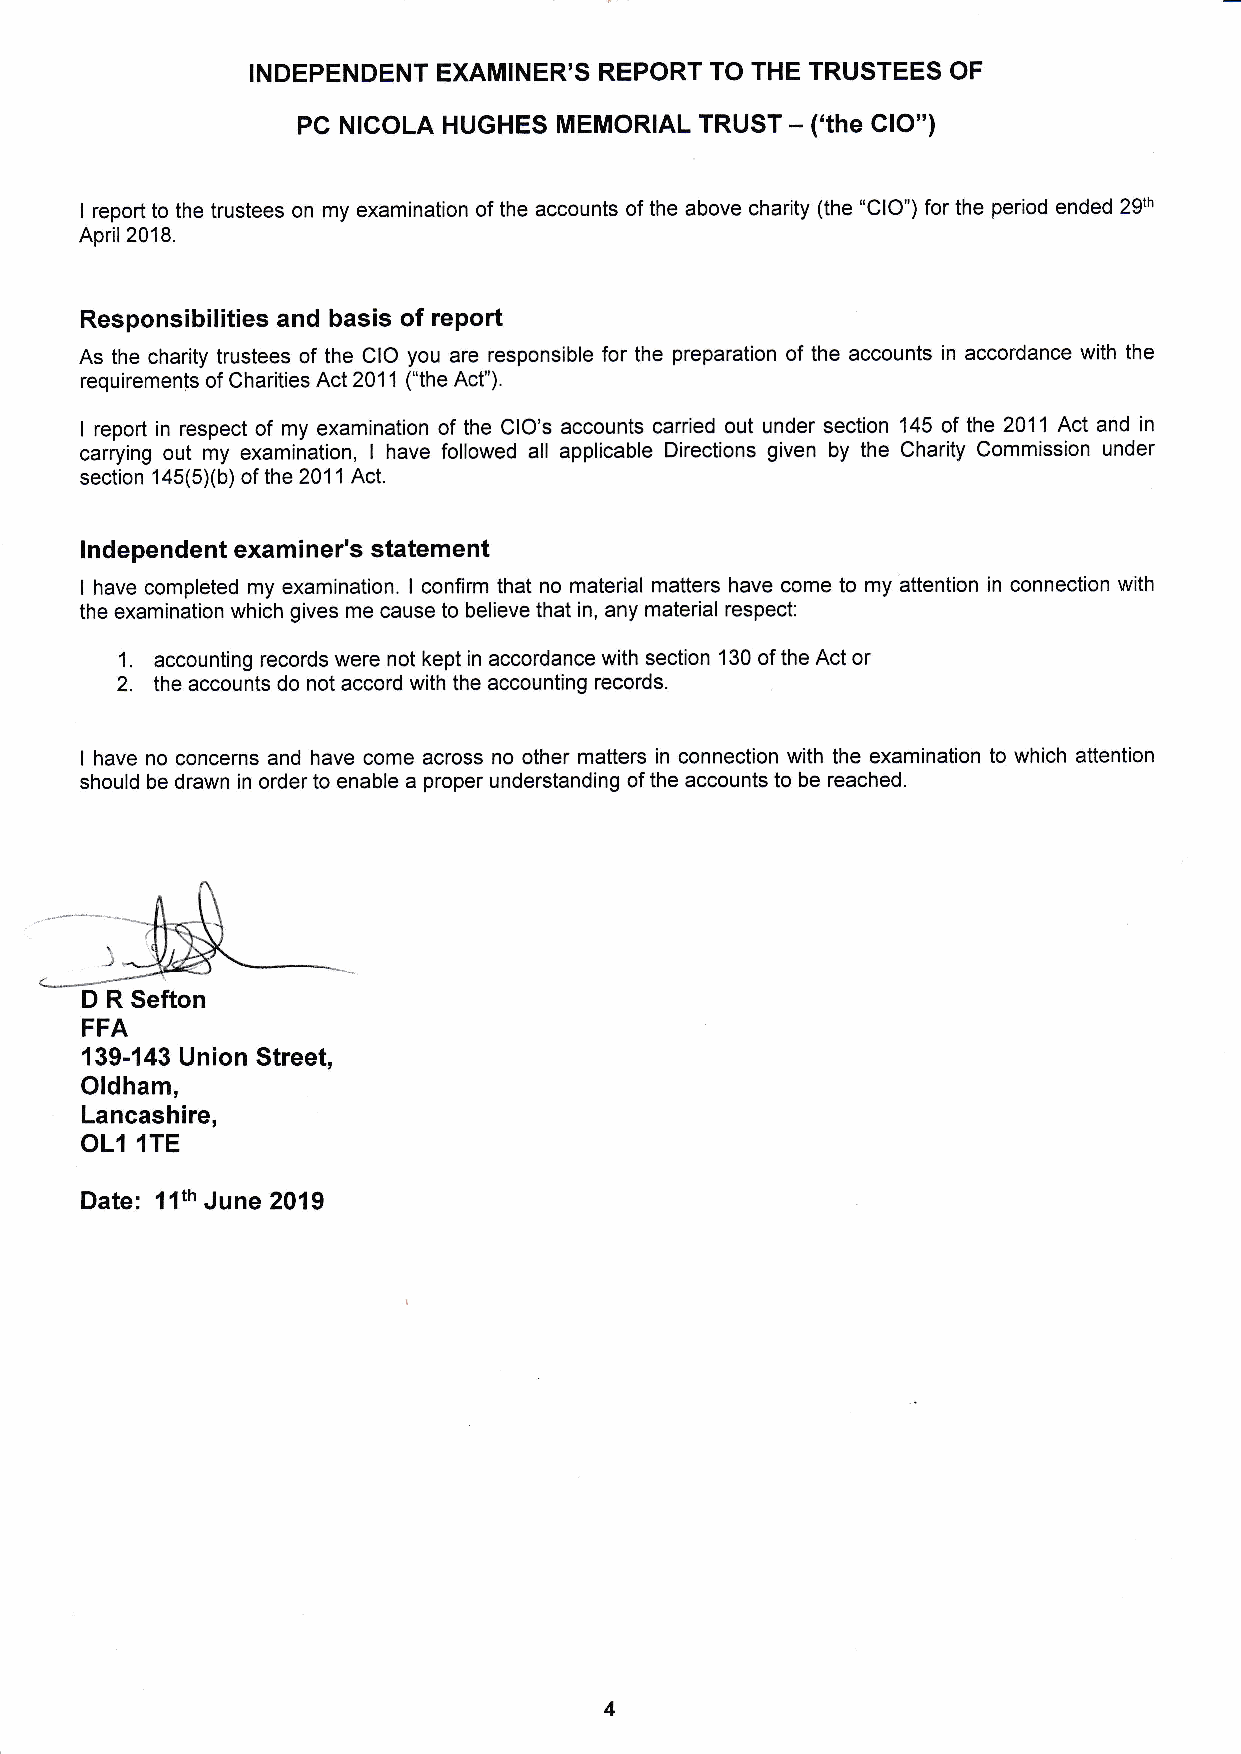
INDEPENDENT EXAMINER'S REPORT TO THE TRUSTEES OF
 PC NICOLA HUGHES MEMORIAL TRUST - ('the ClO")
 I report to the trustees on my examination of the accounts of the above charity (the "ClO") for the period ended 29th
 April2018.
 Responsibilities and basis of report
 As the charity trustees of the CIO you are responsible for the preparation of the accounts in accordance with the
 requiremenls of Charities Act 2011 ("the Act").
 I report in respect of my examination of the CIO's accounts carried out under section 145 of the 2011 Act and in
 carrying out my examination, I have followed all applicable Directions given by the Charity Commission under
 section 145(5Xb) of the 2011 Act.
 lndependent examiner's statement
 I have completed my examination. I confirm that no material matters have come to my attention in connection with
 the examination which gives me cause to believe that in, any material respect:
 1.
 accounting records were not kept in accordance with section 130 of the Act or
 2.
 the accounts do not accord with the accounting records.
 I have no concerns and have come across no other matters in connection with the examination to which attention
 should be drawn in order to enable a proper understanding of the accounts to be reached.
 D R Sefton
 FFA
 139-143 Union Street,
 Oldham,
 Lancashire,
 OLl 1TE
 Date: 1lth June 2019
 4